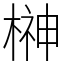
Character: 榊